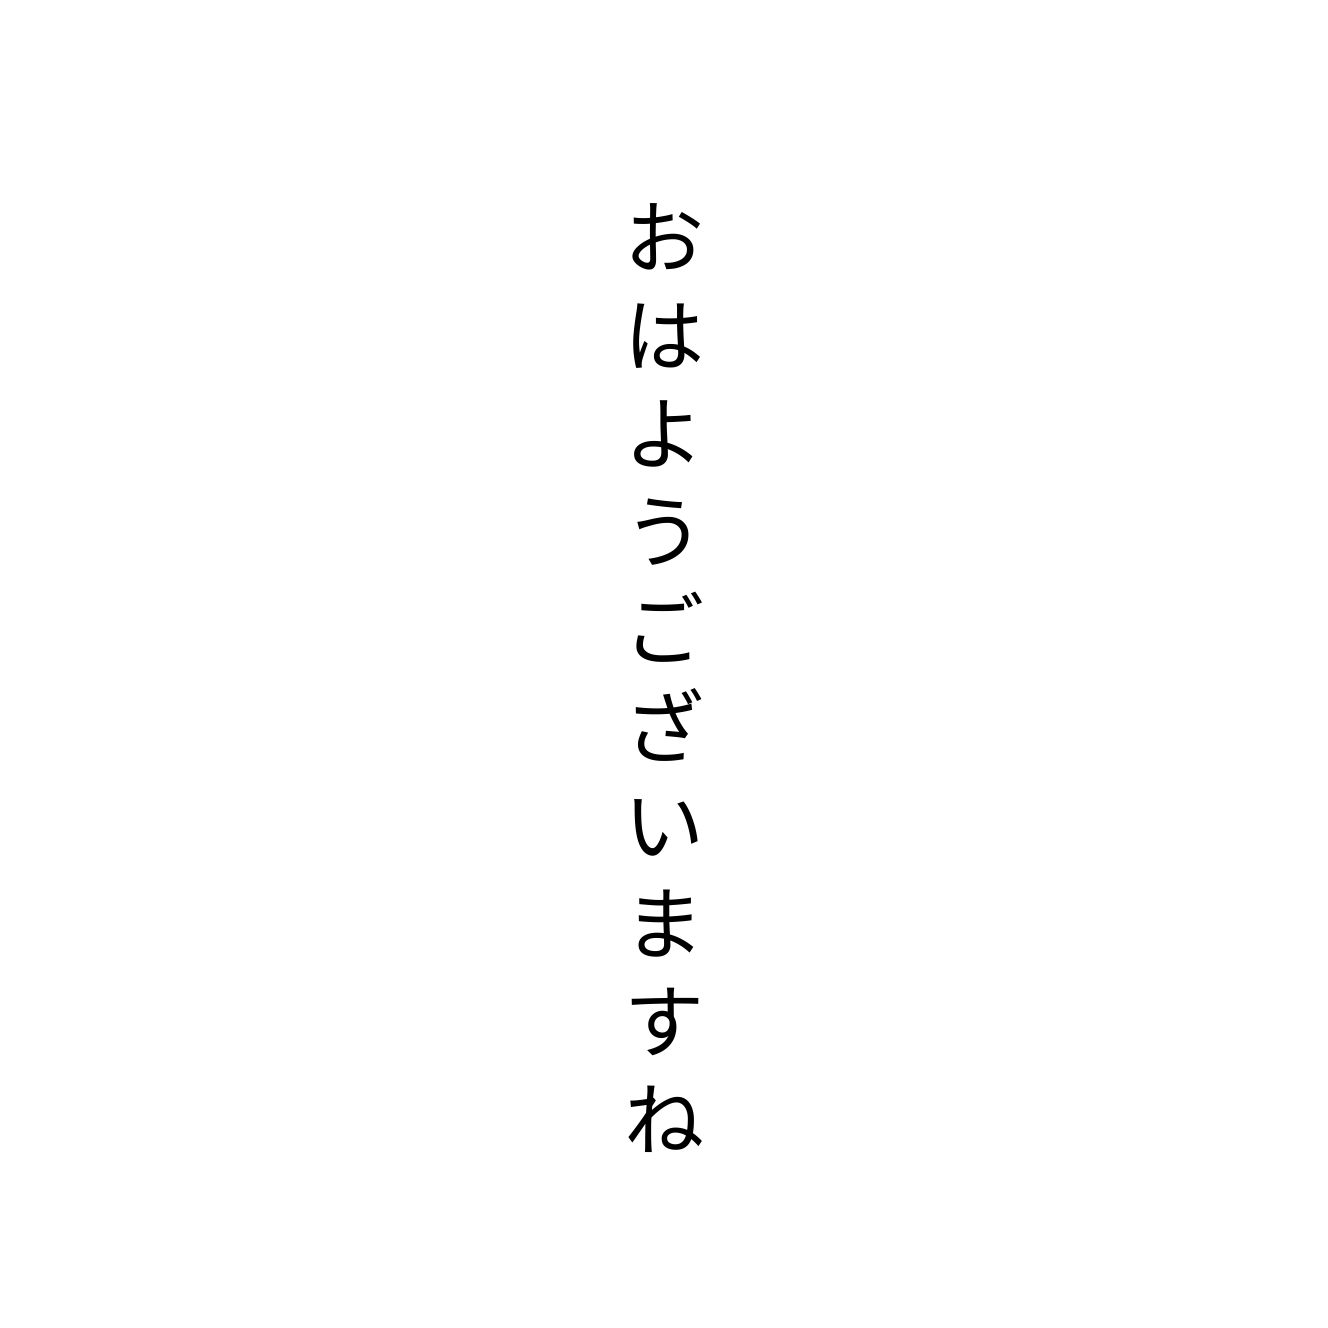
おはようございますね